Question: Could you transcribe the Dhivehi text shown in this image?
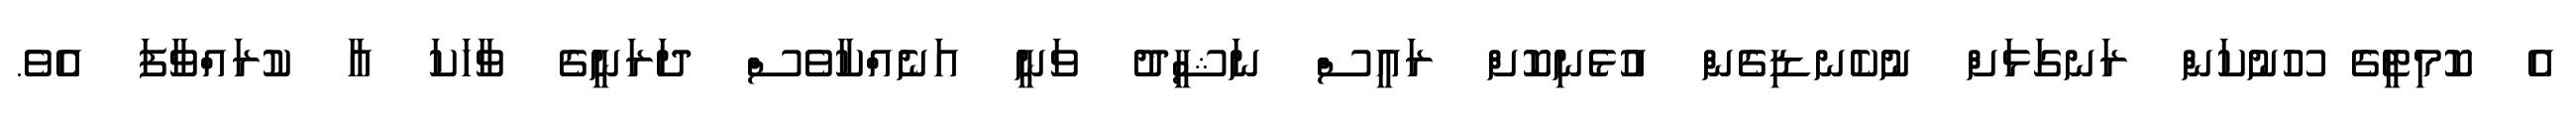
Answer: އެ ކޮމިޓީގެ ހޫނުކަން ރަނގަޅަށް ނުކެނޑިގެން އުޅެނިކޮށް ރައީސް ނަޝީދު ވަނީ އަނެއްކާވެސް ދަރަނީގެ ވާހަކަ އާ ކުރައްވާފަ އެވެ.